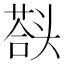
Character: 𰋱